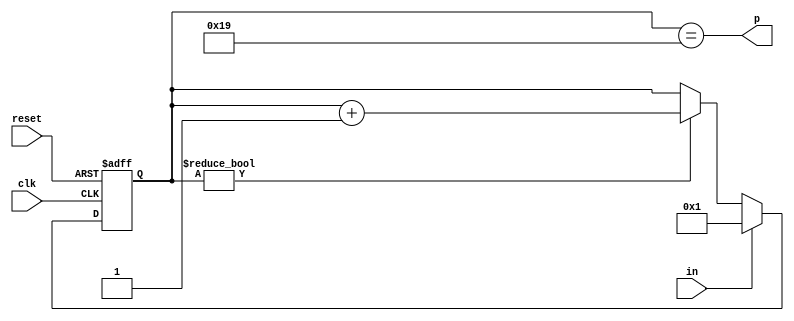
module dly500ns(input clk, input reset, input in, output p);
	reg [5-1:0] r;
	always @(posedge clk or posedge reset) begin
		if(reset)
			r <= 0;
		else begin
			if(r)
				r <= r + 5'b1;
			if(in)
				r <= 1;
		end
	end
	assign p = r == 25;
endmodule